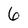
Character: 6